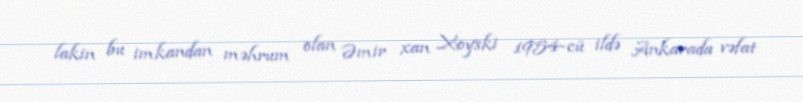
lakin bu imkandan məhrum olan Əmir xan Xoyski 1954-cü ildə Ankarada vəfat